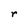
Character: r